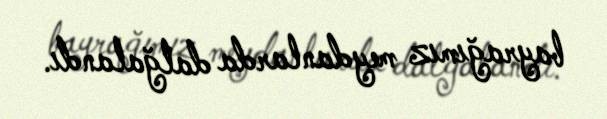
bayrağımız meydanlarda dalğalandı.